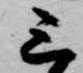
三